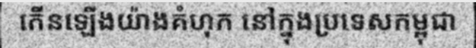
កើនឡើងយ៉ាងគំហុក នៅក្នុងប្រទេសកម្ពុជា